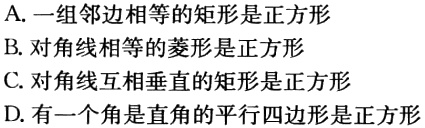
A. 一组邻边相等的矩形是正方形
B. 对角线相等的菱形是正方形
C. 对角线互相垂直的矩形是正方形
D. 有一个角是直角的平行四边形是正方形